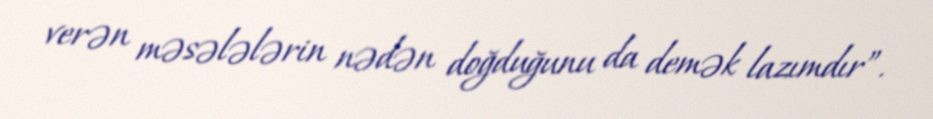
verən məsələlərin nədən doğduğunu da demək lazımdır”.